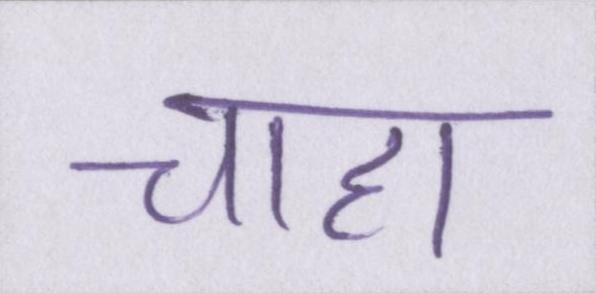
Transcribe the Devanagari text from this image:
चाहा